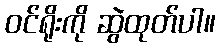
ဝင်ရိုးကို ဆွဲထုတ်ပါ။